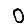
Digit: 0